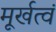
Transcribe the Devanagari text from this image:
मूर्खत्वं